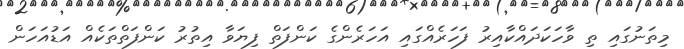
މިތަނުގައި ތި ވާހަކަދައްކާއިރު ފަހަރެއްގައި އަހަރެންގެ ކަންފަތް ފިޔަވާ އިތުރު ކަންފަތްތަކެއް އަޑުއަހަން